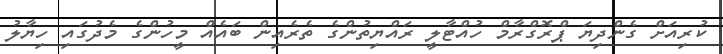
ކުރިއަށް ގެންދިޔަ ޕްރޮގްރާމް ހުއްޓާލީ ރައްޔިތުންގެ ތެރެއިން ބައެއް މީހުންގެ މެދުގައި ހިޔާލު